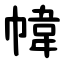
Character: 幃